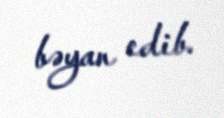
bəyan edib.